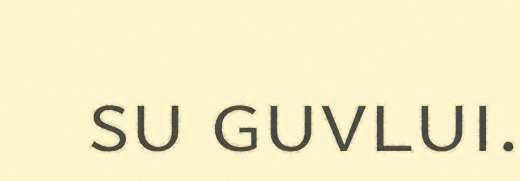
su guvlui.